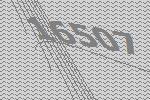
16507